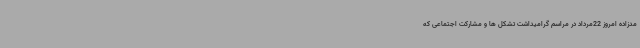
مدزاده امروز 22مرداد در مراسم گرامیداشت تشکل ها و مشارکت اجتماعی که